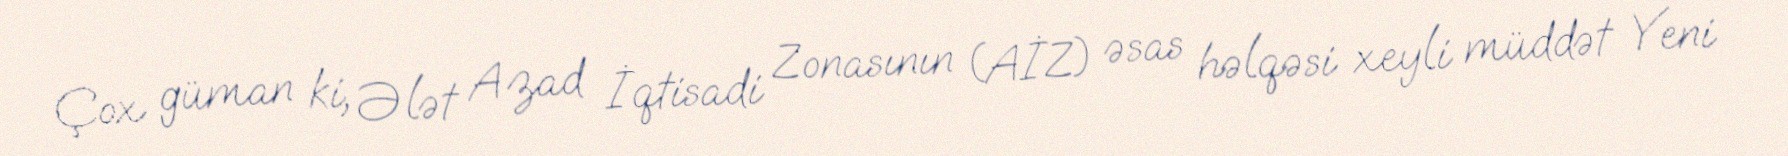
Çox güman ki, Ələt Azad İqtisadi Zonasının (AİZ) əsas həlqəsi xeyli müddət Yeni